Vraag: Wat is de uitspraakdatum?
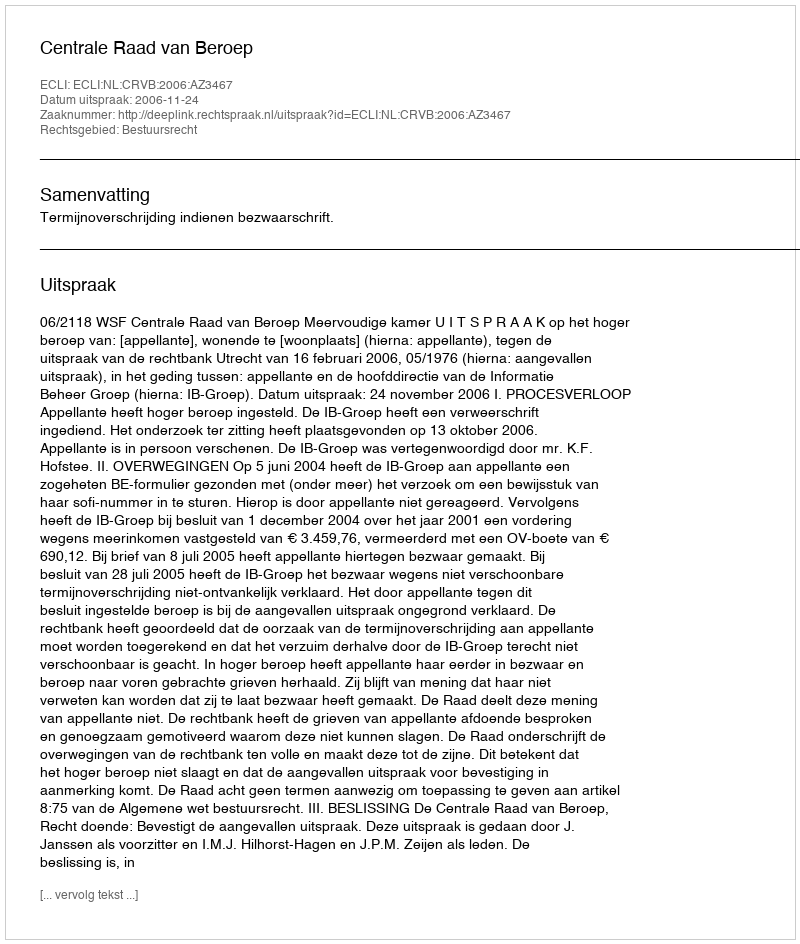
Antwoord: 2006-11-24